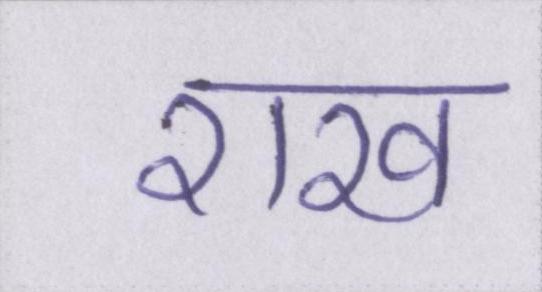
राख